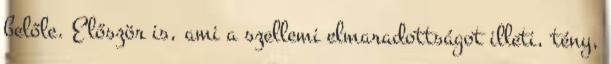
belőle. Először is, ami a szellemi elmaradottságot illeti, tény,